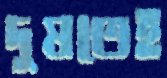
দুষতেই